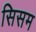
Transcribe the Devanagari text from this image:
सिसम